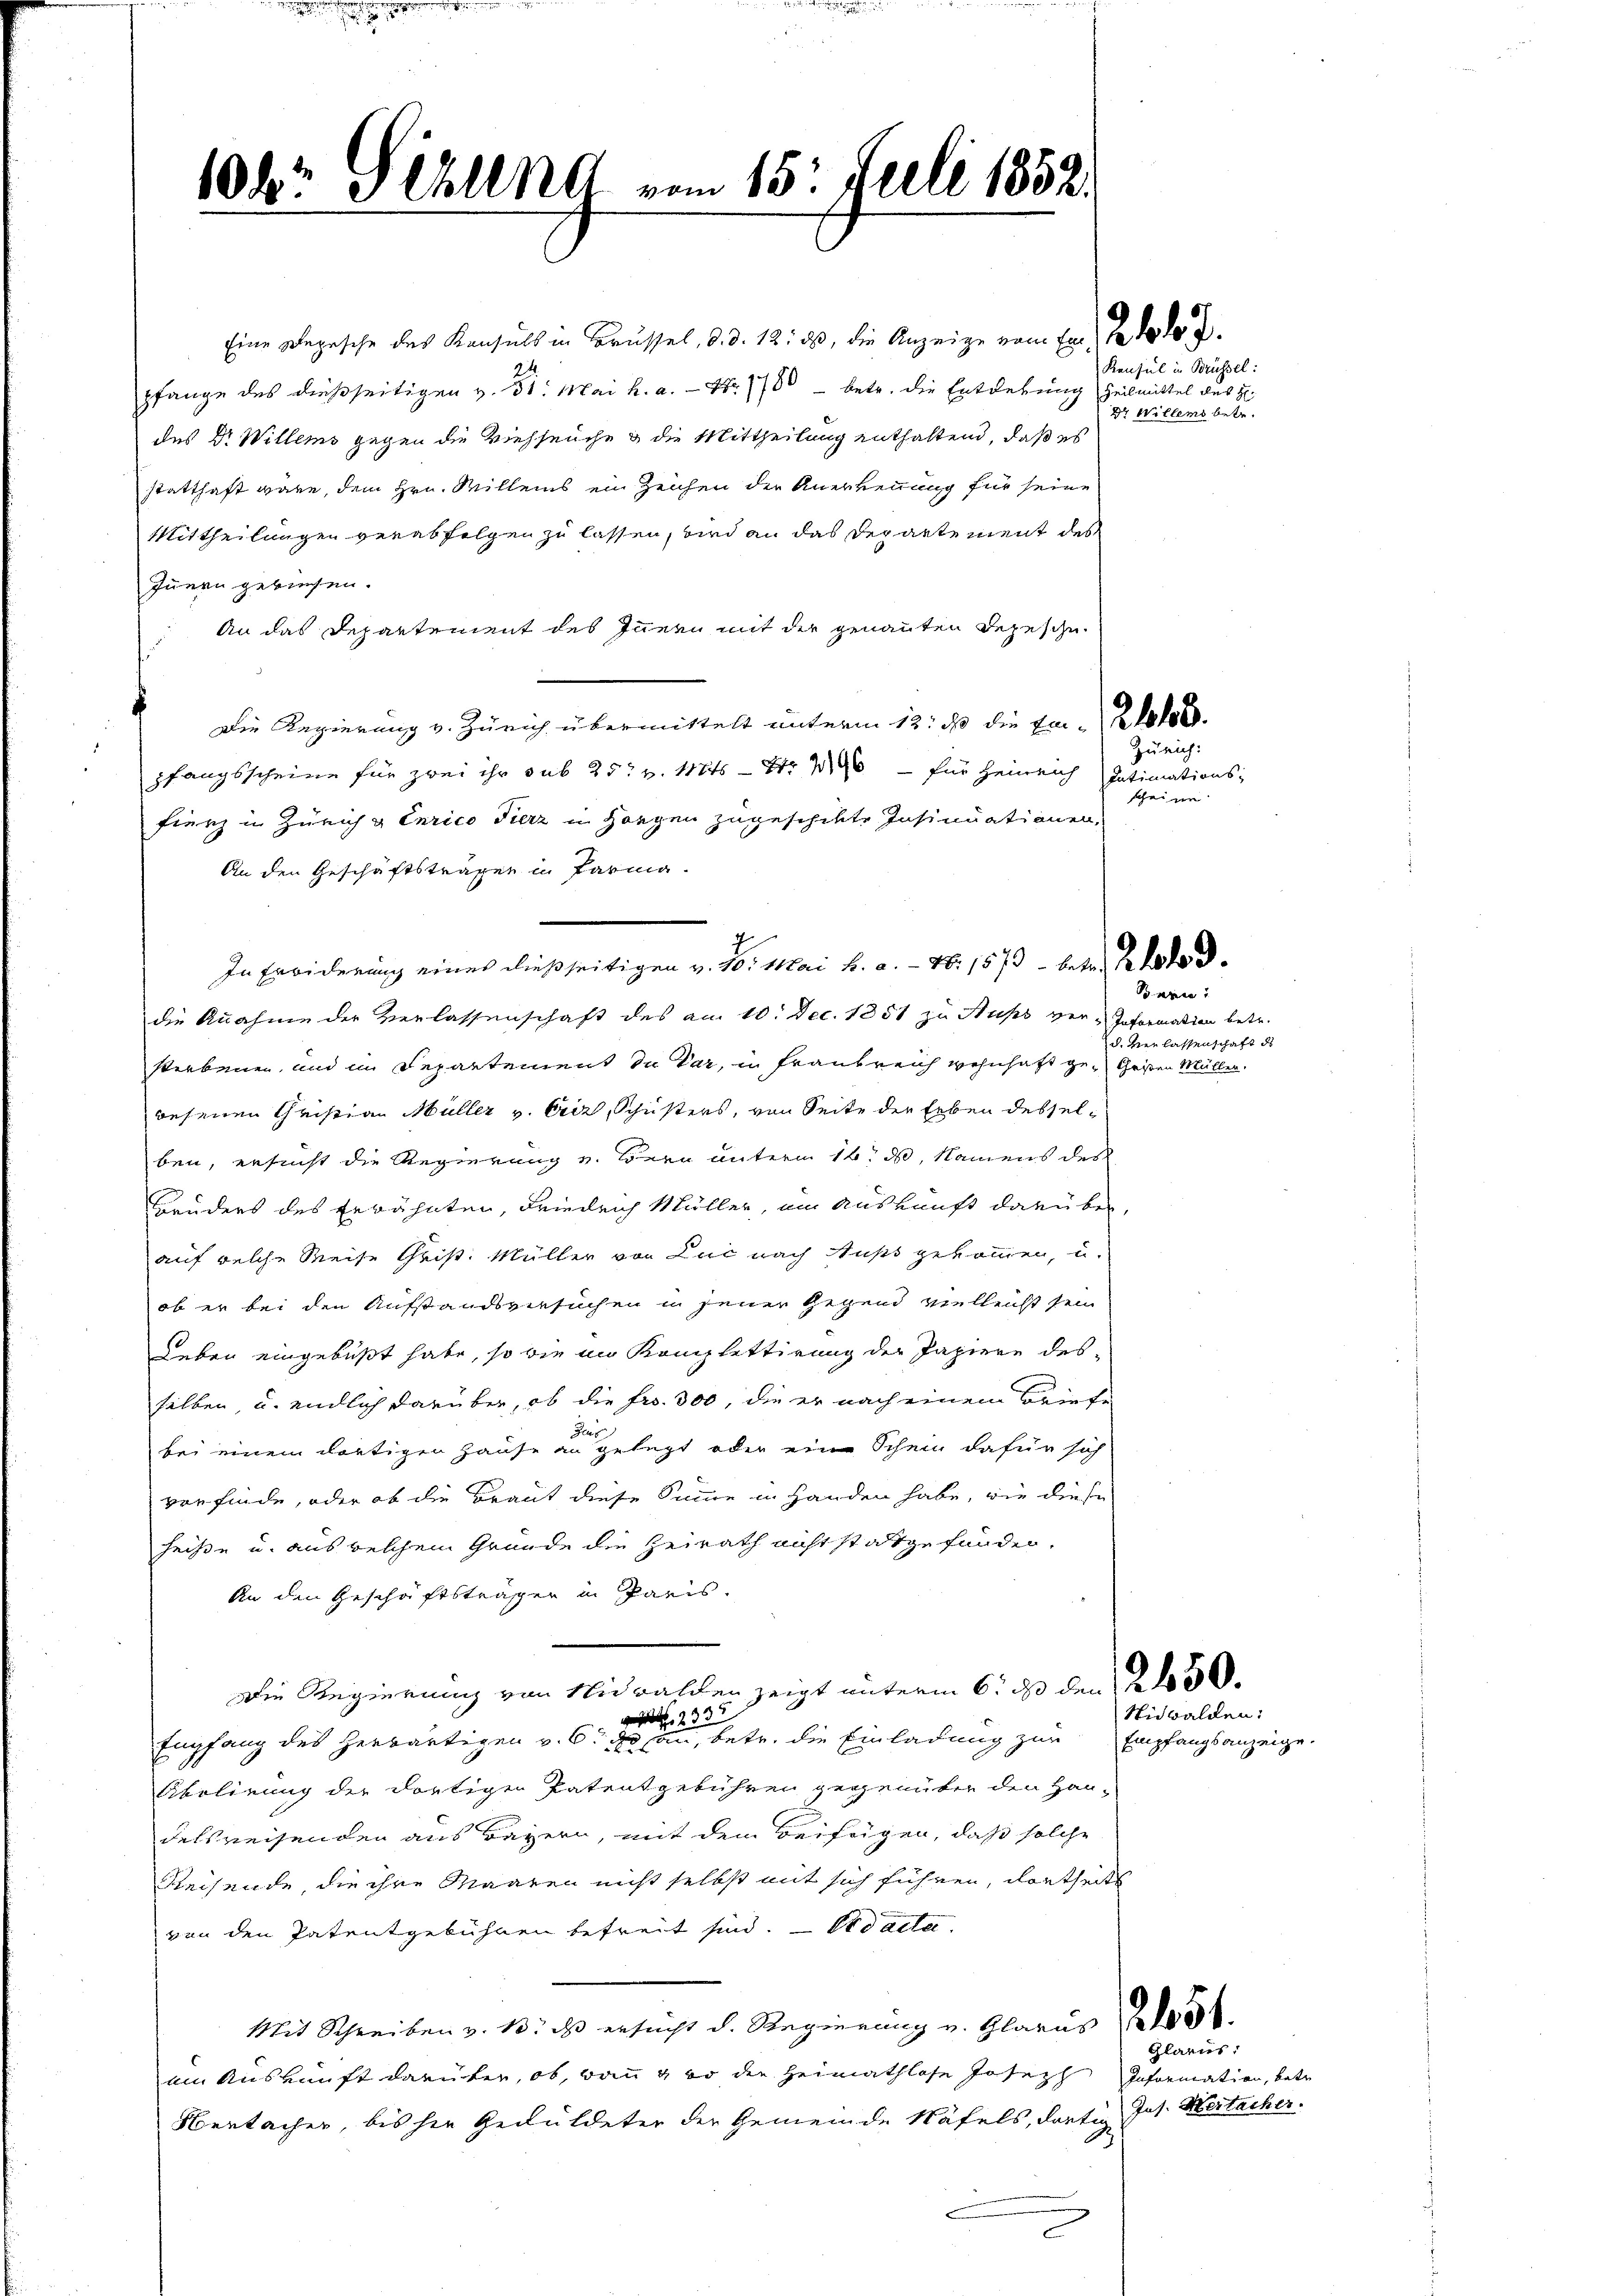
10kr 3 Ehlna vom 15. Juli 1852.

Eine Depesche des Konsuls in Brüssel, d. d. 12. ds, die Anzeige vom Ende de
pfange des dießseitigen v. 31. Mai h. a. — Nr. 1780 - betr. die Entdekung Heilmittel des H
des Dr. Willems gegen die Viehseuche & die Mittheilung enthaltend, daß es
statthaft wäre, dem Hrn. Willens ein Zeichen der Anerkennung für seine
Mittheilungen verabfolgen zu lassen, wird an das Departement des
Innern gewiesen.
An das Departement des Innern mit der genannten Depesche
Die Regierung v. Zürich übermittelt unterm 12. ds die Ein-Klos
pfangsscheine für zwei ihr sub 25t v. 11845 — Nr. 296 — für Heinrich Intimations-
Frenz in Zürich & Curico Fierz in Horgen zugeschikte Insinuationen,
An den Geschäftsträgen in Parma.
die Annahme der Verlassenschaft des am 10. Dec. 1851 zu Fuss ver-Information betr.
storbenen, und im Separtement du Var, in Frankreich wohnhaft ge- Gesten Müllen.
wesenen Christian Müller v. Ercz, Schusters, von Seite der Erben desselben, ersucht die Regierung u. Bern unterm 16. ds, Namens des
Bruders des Erwähnten, Friedrich Müller, um Auskunft darüber,
auf welche Weise Christ. Müller von Luc nach Fuss gekommen, u.
ob er bei den Aufstandsversuchen in jener Gegend vielleicht sein
Leben eingebüßt habe, so wie in Komplettirung der Papiere des
selben, u. endlich darüber, ob die Fr. 300, die er nach einem Briefe
Gs
bei einem dortigen Hause an gelegt oder eine Schein dafür sich
vorfinde, oder ob die Braut diese Summe in Handen habe, wie diese
heisse u. aus welchem Gründe die Heirath nicht stattgefunden,
An den Geschriftsträger in Paris.
Die Regierung von Nidwalden zeigt unterm 6. ds den 250.
ge 233
Empfang des herwärtigen v. 6. ds han, betr. die Einladung zur
Abolirung der dortigen Patentgebühren gegenüber den Hau-
delsreisenden aus Bayern, mit dem Beifügen, daß solche
Reisende, die ihre Maaren nicht selbst mit sich führen, dortheils
von den Patentgebühren befreit sind. So acta
Mit Schreiben v. 13. ds ersucht d. Regierung v. Glarus 180
um Auskunft darüber, ob, wann so die Heimathlose Joseph Information, betr.
Obertacher, bis her Geduldeter der Gemeinde Näfels, dartig Jos. Wertacher.
c

In Erwiderung eines dießseitigen v. Mo. Mai h. a. — Nr. 1573 betr. Also d

Konsul in Brüssel:
Dr Willers betr.

Zürich:
scheine

Ponein!
d. Verlassenschaft des

Nidwalden:
Empfangsanzeige.

Glarus: